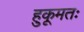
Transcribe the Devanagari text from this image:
हुकूमतः